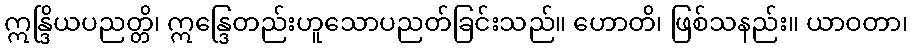
ဣန္ဒြိယပညတ္တိ၊ ဣန္ဒြေတည်းဟူသောပညတ်ခြင်းသည်။ ဟောတိ၊ ဖြစ်သနည်း။ ယာဝတာ၊